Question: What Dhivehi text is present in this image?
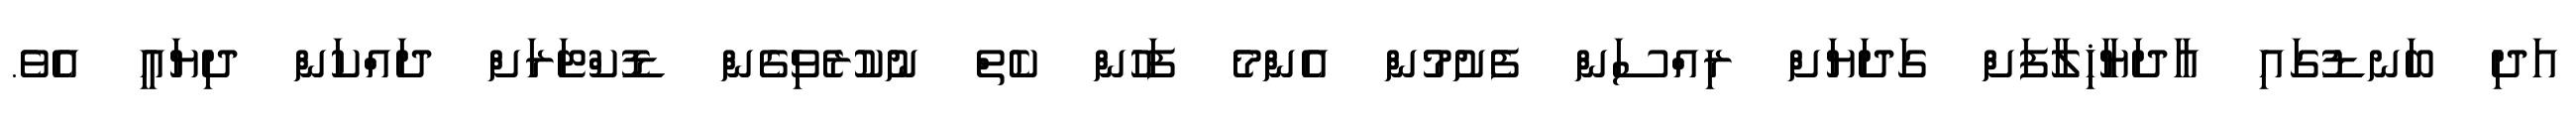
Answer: އަދި ބަނޑުގައި އާދަޔާޚިލާފަށް ގަދަޔަށް ރިއްސަން ފެށުމުން އެންމެ ފަހުން ކެތް ނުކުރެވިގެން ޑޮކްޓަރަށް ދައްކަން ދިޔައީ އެވެ.